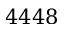
4 4 4 8